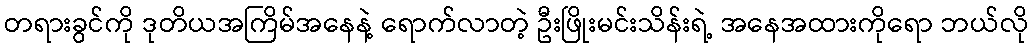
တရားခွင်ကို ဒုတိယအကြိမ်အနေနဲ့ ရောက်လာတဲ့ ဦးဖြိုးမင်းသိန်းရဲ့ အနေအထားကိုရော ဘယ်လို